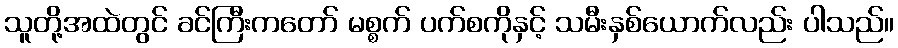
သူတို့အထဲတွင် ခင်ကြီးကတော် မစ္စက် ပက်စကိုနှင့် သမီးနှစ်ယောက်လည်း ပါသည်။